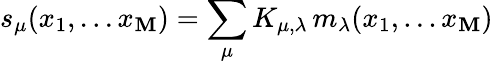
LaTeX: s_{\mu}(x_{1},...x_{\mathbf{M}})=\sum_{\mu}K_{\mu,\lambda}\, m_{\lambda}(x_{1},...x_{\mathbf{M}})